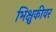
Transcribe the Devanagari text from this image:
भिक्षुकीवर